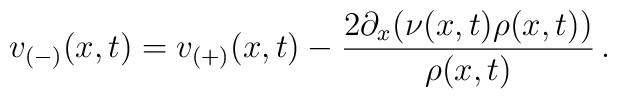
v_{(-)}(x,t) = v_{(+)}(x,t) -\frac{2\partial_{x}(\nu(x,t)\rho(x,t))}{\rho(x,t)} \, .